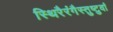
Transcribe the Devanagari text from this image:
स्थिरैरंगैस्तुष्टुवां